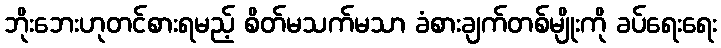
ဘိုးဘေးဟုတင်စားရမည့် စိတ်မသက်မသာ ခံစားချက်တစ်မျိုးကို ခပ်ရေးရေး